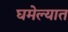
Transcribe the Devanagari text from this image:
घमेल्यात